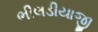
ભીલડીયાજી